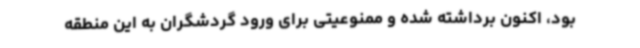
بود، اکنون برداشته شده و ممنوعیتی برای ورود گردشگران به این منطقه